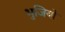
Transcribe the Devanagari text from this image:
भुजियो